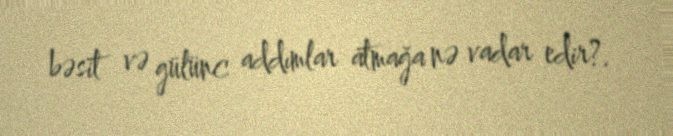
bəsit və gülünc addımlar atmağa nə vadar edir?.